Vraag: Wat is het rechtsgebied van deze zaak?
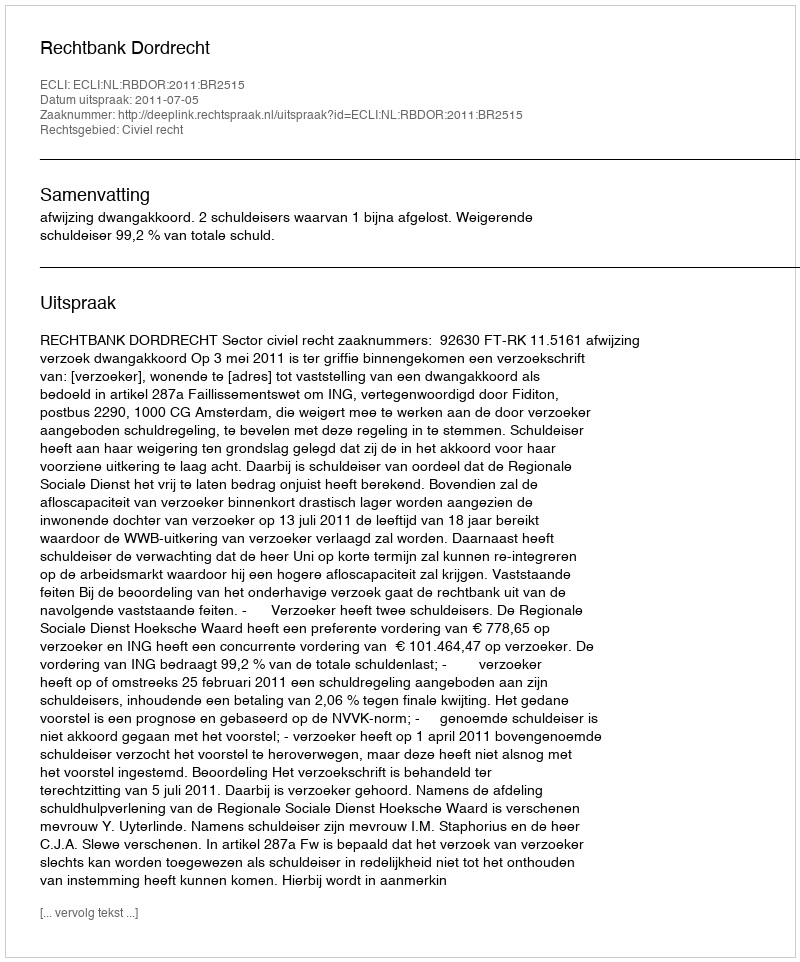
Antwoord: Civiel recht